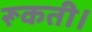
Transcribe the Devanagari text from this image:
रूकती।